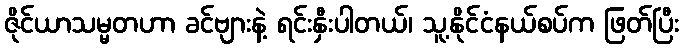
ဇိုင်ယာသမ္မတဟာ ခင်ဗျားနဲ့ ရင်းနှီးပါတယ်၊ သူ့နိုင်ငံနယ်စပ်က ဖြတ်ပြီး